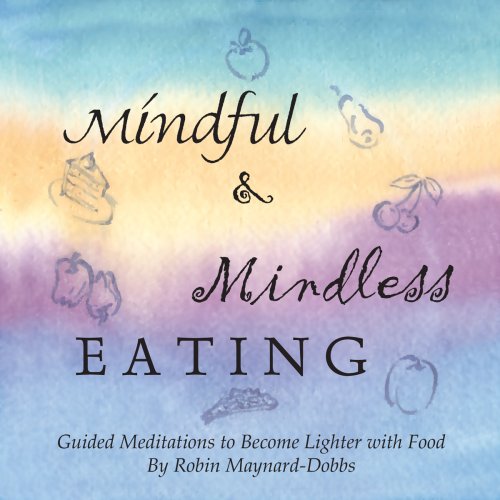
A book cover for Mindful and Mindless Eating: Guided Meditations to Become Lighter with Food; Robin Maynard-Dobbs; Self-Help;